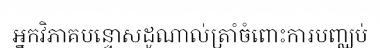
អ្នកវិភាគបន្ទោសដូណាល់ត្រាំចំពោះការបញ្ឈប់